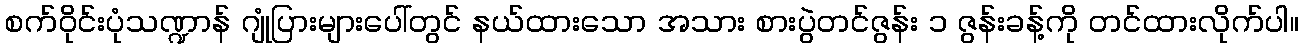
စက်ဝိုင်းပုံသဏ္ဍာန် ဂျုံပြားများပေါ်တွင် နယ်ထားသော အသား စားပွဲတင်ဇွန်း ၁ ဇွန်းခန့်ကို တင်ထားလိုက်ပါ။